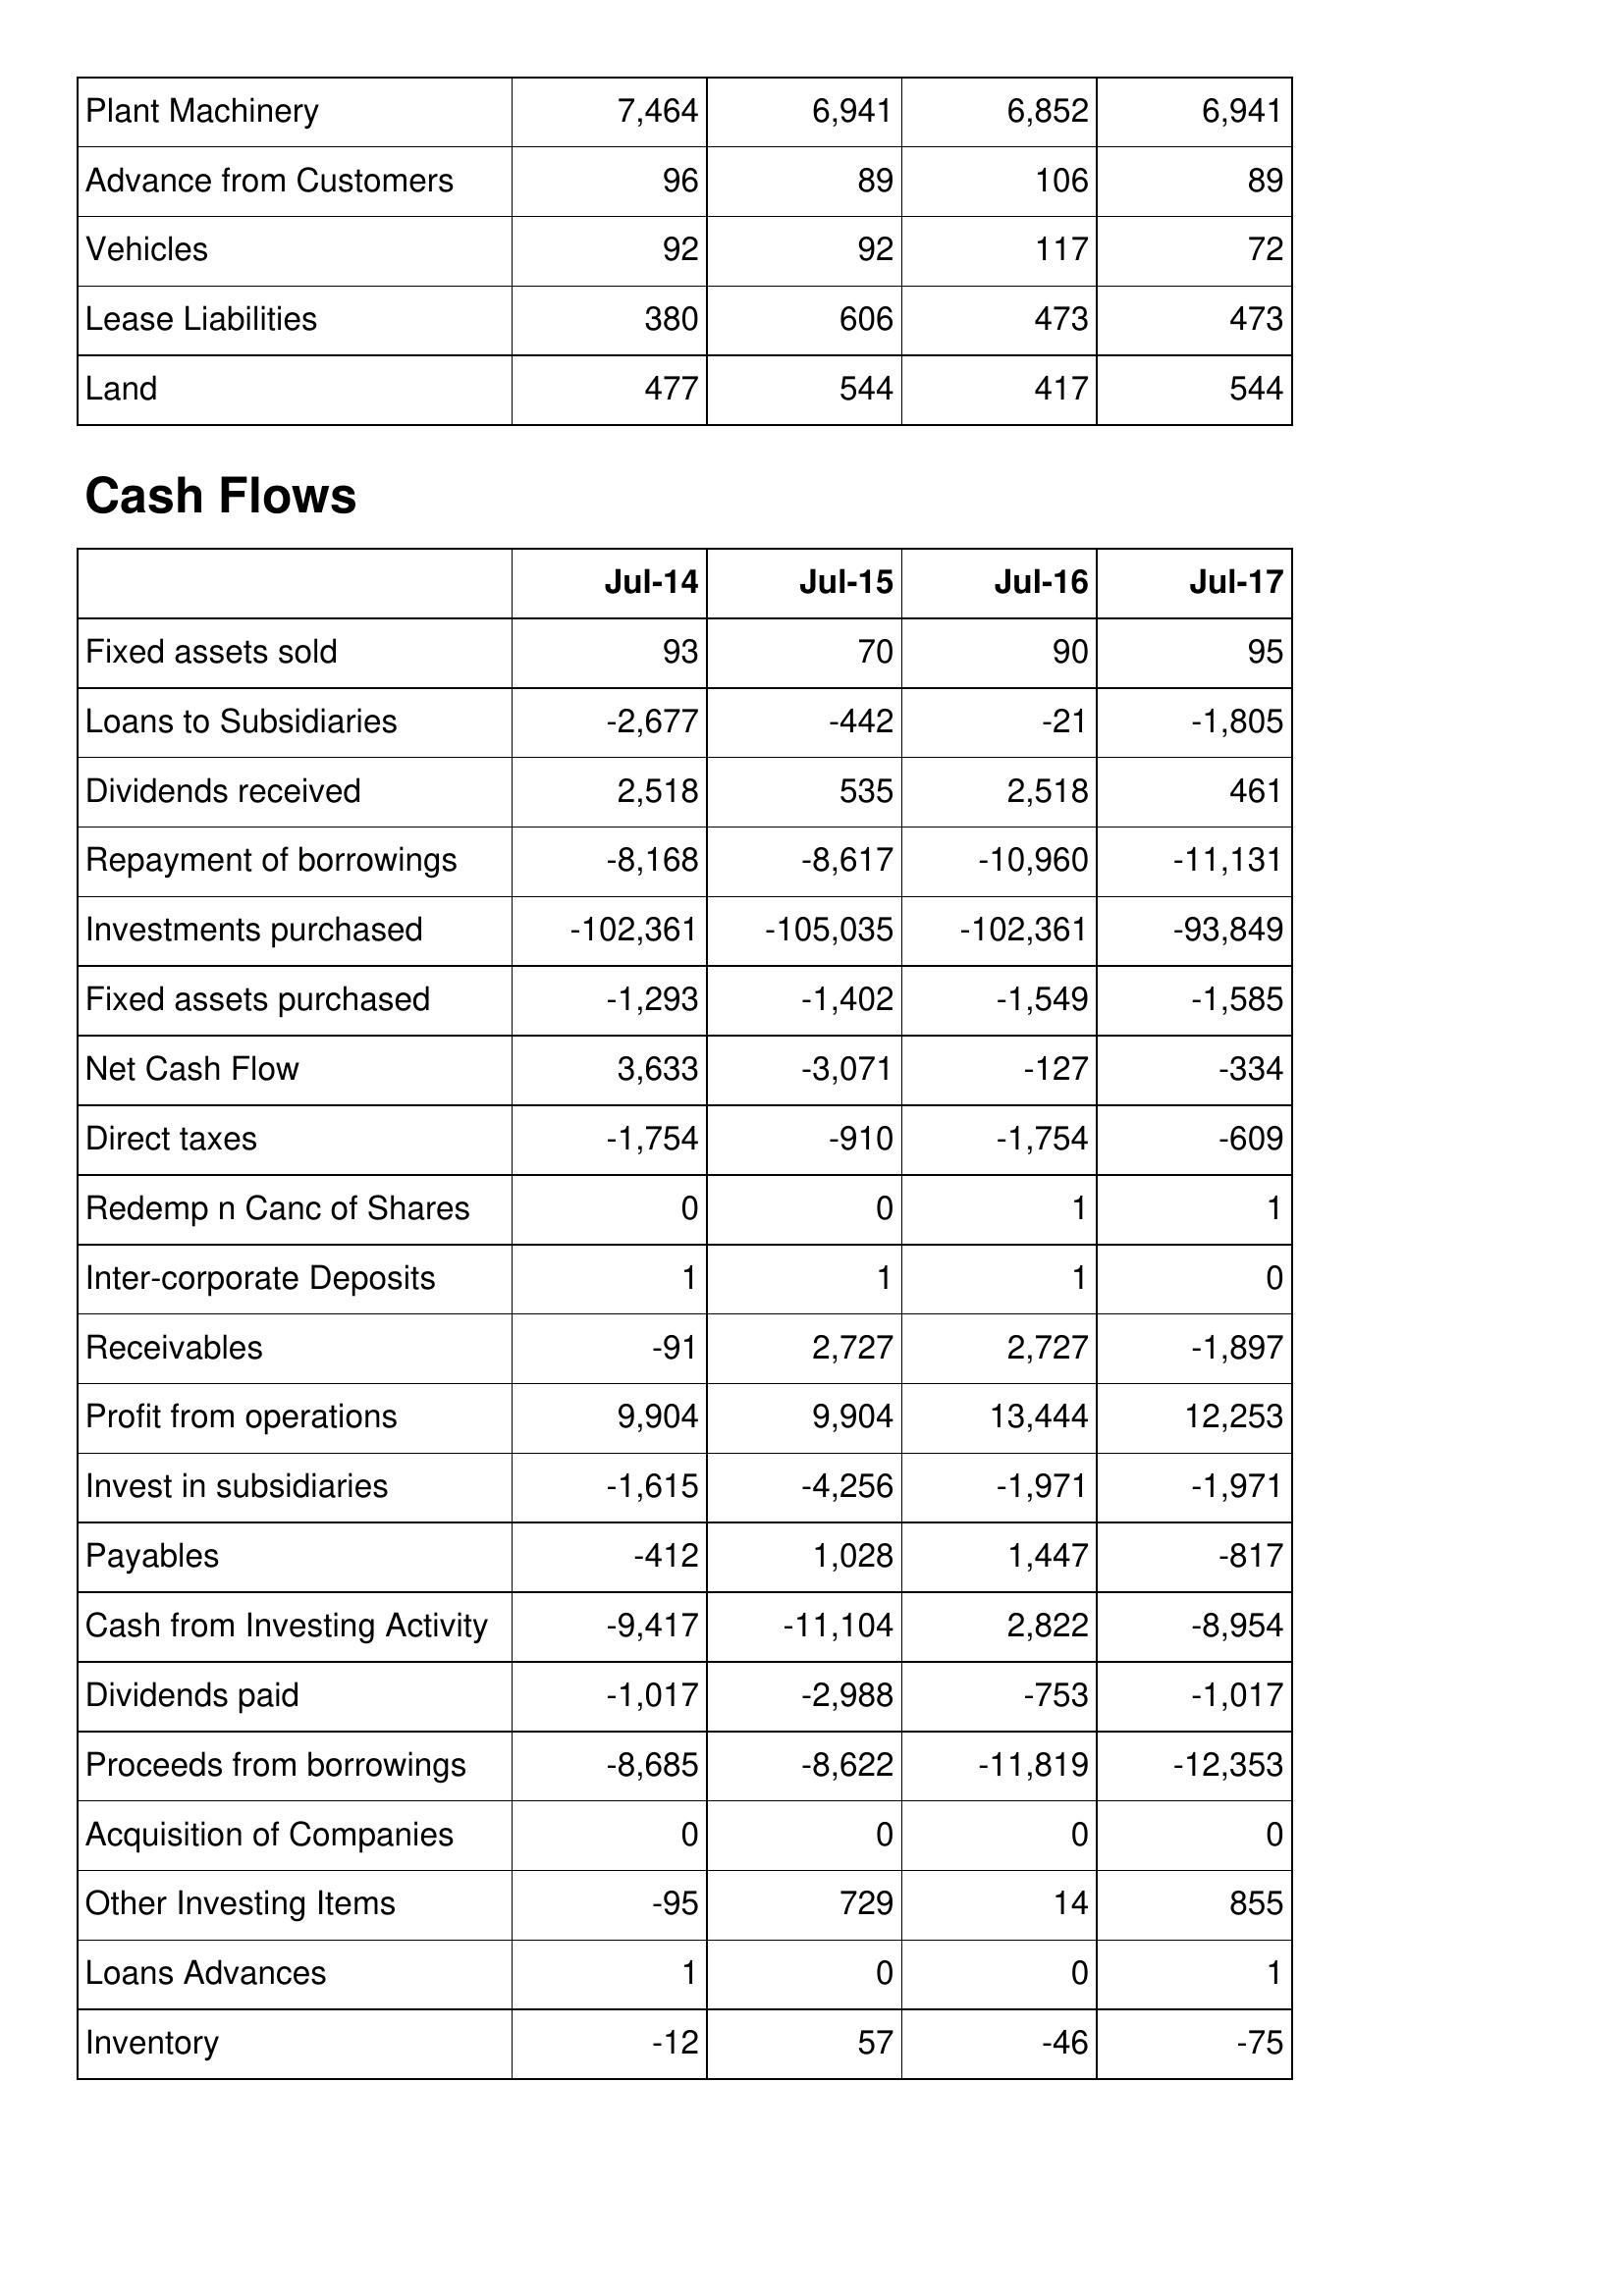
Jul-14: Balance Sheet: Plant Machinery: 7,464
Advance from Customers: 96
Vehicles: 92
Lease Liabilities: 380
Land: 477
Cash Flows: Fixed assets sold: 93
Loans to Subsidiaries: -2,677
Dividends received: 2,518
Repayment of borrowings: -8,168
Investments purchased: -102,361
Fixed assets purchased: -1,293
Net Cash Flow: 3,633
Direct taxes: -1,754
Redemp n Canc of Shares: 0
Inter-corporate Deposits: 1
Receivables: -91
Profit from operations: 9,904
Invest in subsidiaries: -1,615
Payables: -412
Cash from Investing Activity: -9,417
Dividends paid: -1,017
Proceeds from borrowings: -8,685
Acquisition of Companies: 0
Other Investing Items: -95
Loans Advances: 1
Inventory: -12
Jul-15: Balance Sheet: Plant Machinery: 6,941
Advance from Customers: 89
Vehicles: 92
Lease Liabilities: 606
Land: 544
Cash Flows: Fixed assets sold: 70
Loans to Subsidiaries: -442
Dividends received: 535
Repayment of borrowings: -8,617
Investments purchased: -105,035
Fixed assets purchased: -1,402
Net Cash Flow: -3,071
Direct taxes: -910
Redemp n Canc of Shares: 0
Inter-corporate Deposits: 1
Receivables: 2,727
Profit from operations: 9,904
Invest in subsidiaries: -4,256
Payables: 1,028
Cash from Investing Activity: -11,104
Dividends paid: -2,988
Proceeds from borrowings: -8,622
Acquisition of Companies: 0
Other Investing Items: 729
Loans Advances: 0
Inventory: 57
Jul-16: Balance Sheet: Plant Machinery: 6,852
Advance from Customers: 106
Vehicles: 117
Lease Liabilities: 473
Land: 417
Cash Flows: Fixed assets sold: 90
Loans to Subsidiaries: -21
Dividends received: 2,518
Repayment of borrowings: -10,960
Investments purchased: -102,361
Fixed assets purchased: -1,549
Net Cash Flow: -127
Direct taxes: -1,754
Redemp n Canc of Shares: 1
Inter-corporate Deposits: 1
Receivables: 2,727
Profit from operations: 13,444
Invest in subsidiaries: -1,971
Payables: 1,447
Cash from Investing Activity: 2,822
Dividends paid: -753
Proceeds from borrowings: -11,819
Acquisition of Companies: 0
Other Investing Items: 14
Loans Advances: 0
Inventory: -46
Jul-17: Balance Sheet: Plant Machinery: 6,941
Advance from Customers: 89
Vehicles: 72
Lease Liabilities: 473
Land: 544
Cash Flows: Fixed assets sold: 95
Loans to Subsidiaries: -1,805
Dividends received: 461
Repayment of borrowings: -11,131
Investments purchased: -93,849
Fixed assets purchased: -1,585
Net Cash Flow: -334
Direct taxes: -609
Redemp n Canc of Shares: 1
Inter-corporate Deposits: 0
Receivables: -1,897
Profit from operations: 12,253
Invest in subsidiaries: -1,971
Payables: -817
Cash from Investing Activity: -8,954
Dividends paid: -1,017
Proceeds from borrowings: -12,353
Acquisition of Companies: 0
Other Investing Items: 855
Loans Advances: 1
Inventory: -75